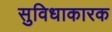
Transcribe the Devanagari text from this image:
सुविधाकारक